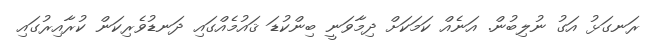
ރަނގަޅު އަގު ނުލިބުން. އަނެއް ކަމަކަށް ދިމާވަނީ ބިންކުޑަ ޤައުމެއްގައި ދަނޑުވެރިކަން ކުރާއިރުގައި